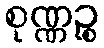
စုဏ္ဏဉ္စ